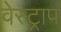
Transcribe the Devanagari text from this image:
वेस्ट्राप